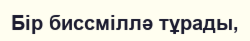
Бір биссміллә тұрады,